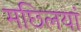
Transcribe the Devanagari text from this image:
मछ्लियां